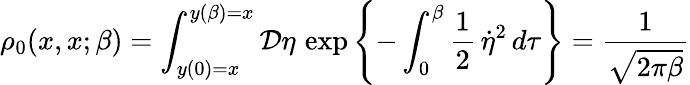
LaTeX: \rho_{0}(x,x;\beta)=\int_{y(0)=x}^{y(\beta)=x}{\cal D}\eta\, \exp\left\{ -\int_{0}^{\beta}\frac{1}{2}\, \dot{\eta}^{2}\, d\tau\right\} =\frac{1}{\sqrt{2\pi\beta}}